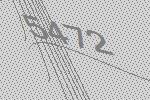
5472